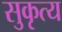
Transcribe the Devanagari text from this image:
सुकृत्य